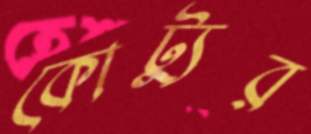
কোট্যুর